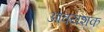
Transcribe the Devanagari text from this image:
आवयशक